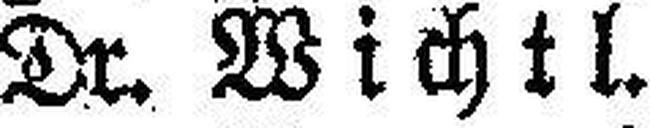
Dr. Wichtl.